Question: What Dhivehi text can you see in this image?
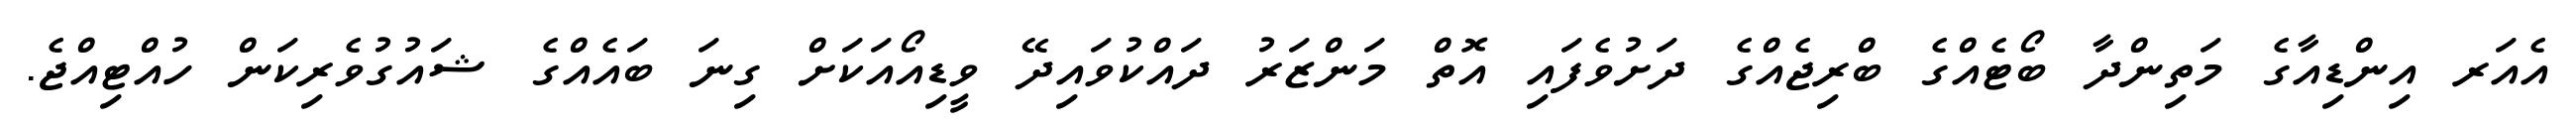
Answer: އެއަރ އިންޑިއާގެ މަތިންދާ ބޯޓެއްގެ ބްރިޖެއްގެ ދަށުވެފައި އޮތް މަންޒަރު ދައްކުވައިދޭ ވީޑިއޯއަކަށް ގިނަ ބައެއްގެ ޝައުގުވެރިކަން ހުއްޓިއްޖެ.